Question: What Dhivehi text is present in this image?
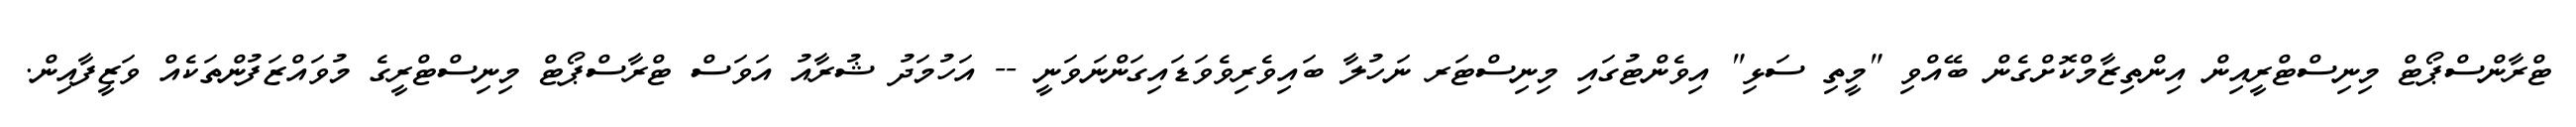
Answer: ޓްރާންސްޕޯޓް މިނިސްޓްރީއިން އިންތިޒާމްކޮށްގެން ބޭއްވި "މީތި ސަޅި" އިވެންޓުގައި މިނިސްޓަރ ނަހުލާ ބައިވެރިވެވަޑައިގަންނަވަނީ -- އަހުމަދު ޝުރާއު އަވަސް ޓްރާސްޕޯޓް މިނިސްޓްރީގެ މުވައްޒަފުންތަކެއް ވަޒީފާއިން.